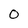
Character: 0